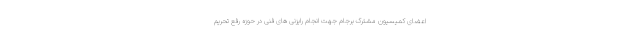
اعضای کمیسیون مشترک برجام جهت انجام رایزنی های فنی در حوزه رفع تحریم